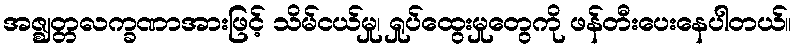
အဇ္ဈတ္တလက္ခဏာအားဖြင့် သိမ်ငယ်မှု၊ ရှုပ်ထွေးမှုတွေကို ဖန်တီးပေးနေပါတယ်။